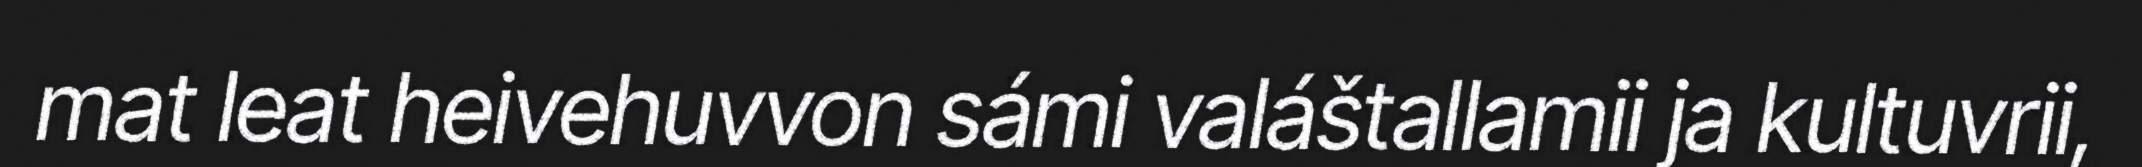
mat leat heivehuvvon sámi valáštallamii ja kultuvrii,